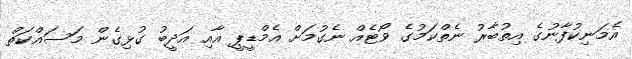
އެމަނިކުފާނުގެ އިތުބާރު ނެތްކަމުގެ ވޯޓެއް ނެގުމަށް އެމްޑީޕީ އާއި އަދީބު ގުޅިގެން މަސައްކަތް